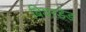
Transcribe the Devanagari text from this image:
बियरडेड